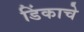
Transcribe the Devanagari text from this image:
डिंकाचे